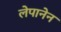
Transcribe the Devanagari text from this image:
लेपानेन